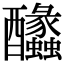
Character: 䤙